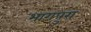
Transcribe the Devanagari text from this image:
भागपुरा